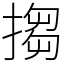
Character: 搊